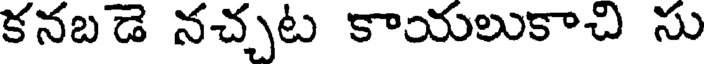
కనబడె నచ్చట కాయలుకాచి సు